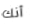
أنك